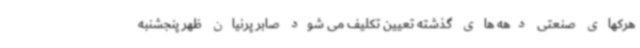
هرکهای صنعتی دهه های گذشته تعیین تکلیف می شود صابر پرنیان ظهر پنجشنبه